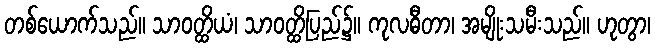
တစ်ယောက်သည်။ သာဝတ္ထိယံ၊ သာဝတ္ထိပြည်၌။ ကုလဓီတာ၊ အမျိုးသမီးသည်။ ဟုတွာ၊